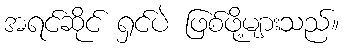
အရင်ဆိုင် ရှင်ပဲ ဖြစ်ဖို့များသည်။